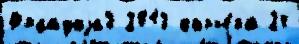
Франциjа3 2013 карье́ра 24